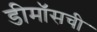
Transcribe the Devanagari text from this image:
डीमॉसची